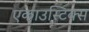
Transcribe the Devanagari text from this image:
एकाउस्टिक्स